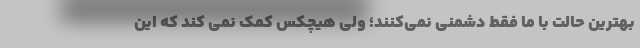
بهترین حالت با ما فقط دشمنی نمی‌کنند؛ ولی هیچکس کمک نمی کند که این